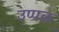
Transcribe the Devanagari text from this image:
उप्पळ